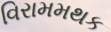
વિરામમથક